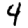
Digit: 4